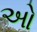
ઓ